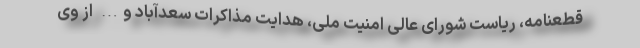
قطعنامه، ریاست شورای عالی امنیت ملی، هدایت مذاکرات سعدآباد و… از وی